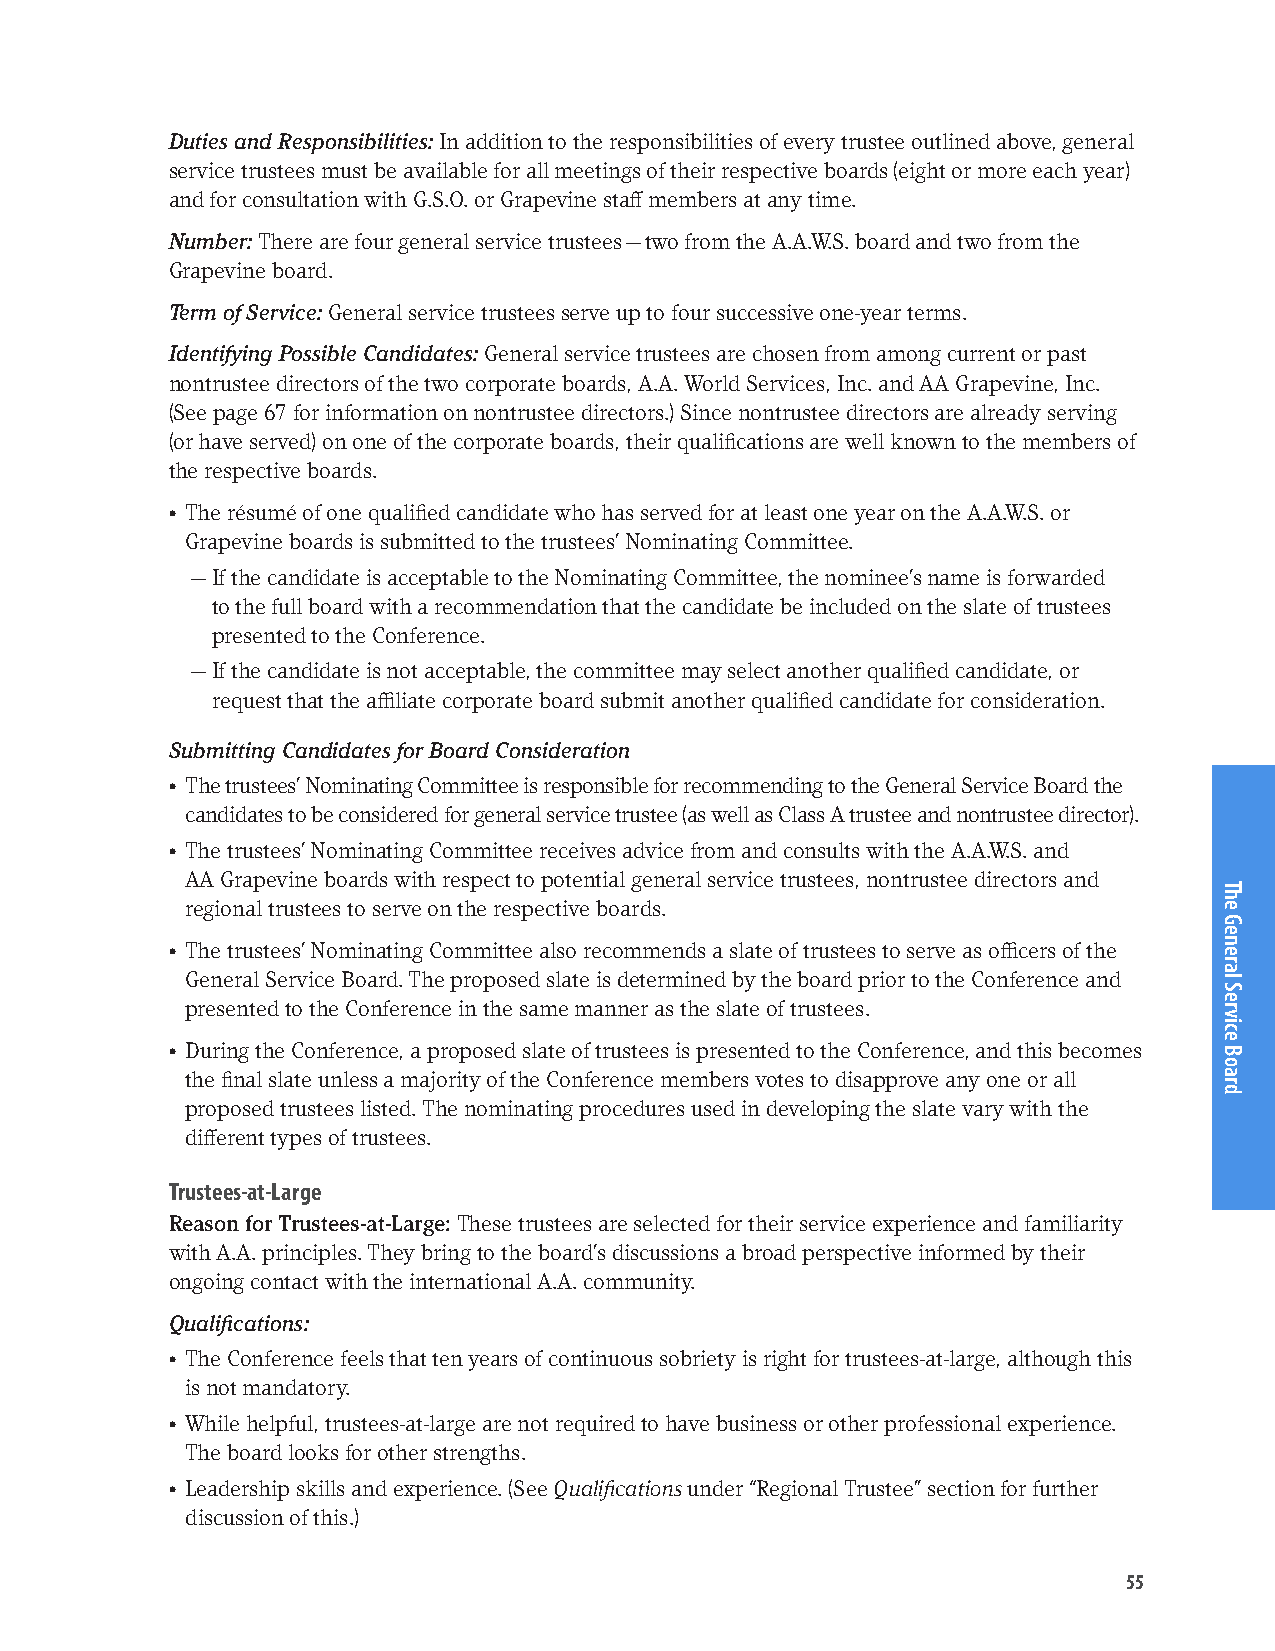
Duties and Responsibilities: In addition to the responsibilities of every trustee outlined above, general
 service trustees must be available for all meetings of their respective boards (eight or more each year)
 and for consultation with G.S.O. or Grapevine staff members at any time.
 Number: There are four general service trustees — two from the A.A.W.S. board and two from the
 Grapevine board.
 Term of Service: General service trustees serve up to four successive one-year terms.
 Identifying Possible Candidates: General service trustees are chosen from among current or past
 nontrustee directors of the two corporate boards, A.A. World Services, Inc. and AA Grapevine, Inc.
 (See page 67 for information on nontrustee directors.) Since nontrustee directors are already serving
 (or have served) on one of the corporate boards, their qualifications are well known to the members of
 the respective boards.
 • The résumé of one qualified candidate who has served for at least one year on the A.A.W.S. or
 Grapevine boards is submitted to the trustees’ Nominating Committee.
 — If the candidate is acceptable to the Nominating Committee, the nominee’s name is forwarded
 to the full board with a recommendation that the candidate be included on the slate of trustees
 presented to the Conference.
 — If the candidate is not acceptable, the committee may select another qualified candidate, or
 request that the affiliate corporate board submit another qualified candidate for consideration.
 Submitting Candidates for Board Consideration
 • The trustees’ Nominating Committee is responsible for recommending to the General Service Board the
 candidates to be considered for general service trustee (as well as Class A trustee and nontrustee director).
 • The trustees’ Nominating Committee receives advice from and consults with the A.A.W.S. and
 AA Grapevine boards with respect to potential general service trustees, nontrustee directors and
 regional trustees to serve on the respective boards.
 • The trustees’ Nominating Committee also recommends a slate of trustees to serve as officers of the
 General Service Board. The proposed slate is determined by the board prior to the Conference and
 presented to the Conference in the same manner as the slate of trustees.
 • During the Conference, a proposed slate of trustees is presented to the Conference, and this becomes
 the final slate unless a majority of the Conference members votes to disapprove any one or all
 proposed trustees listed. The nominating procedures used in developing the slate vary with the
 different types of trustees.
 Trustees-at-Large
 Reason for Trustees-at-Large: These trustees are selected for their service experience and familiarity
 with A.A. principles. They bring to the board’s discussions a broad perspective informed by their
 ongoing contact with the international A.A. community.
 Qualifications:
 • The Conference feels that ten years of continuous sobriety is right for trustees-at-large, although this
 is not mandatory.
 • While helpful, trustees-at-large are not required to have business or other professional experience.
 The board looks for other strengths.
 • Leadership skills and experience. (See Qualifications under “Regional Trustee” section for further
 discussion of this.)
 55
 The
 General
 Service
 Board